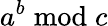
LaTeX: a^{b}{\bmod{c}}